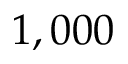
1 , 0 0 0